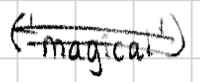
Text: ('magical')
Cross-out: double-line
Writing tool: digital_black